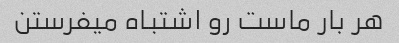
هر بار ماست رو اشتباه میفرستن